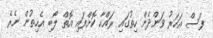
ފަސް އަހަރު ވަންދެން ހިތުގައި ރައްކާ ކޮށްފައި އޮތް ލޯބި އެހިތުން ނެރެ